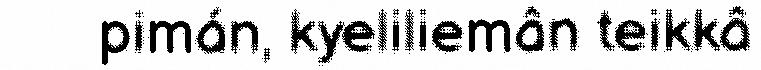
pimán, kyeliliemân teikkâ